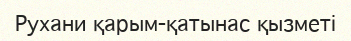
Рухани қарым-қатынас қызметі